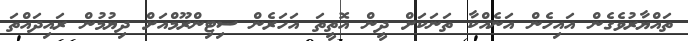
ތައްޔާރުވެގެން އައިހެން އަނެއްކާ ތަނަކަށް ދީން އޮތީތަ އަހަރެން ސިޓިންރޫމްއަށް ދިޔުމުން ރައިދައްތަ